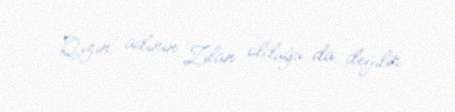
Qızın adının Zilan olduğu da deyilir.